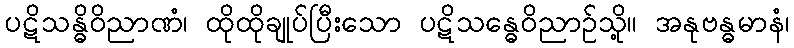
ပဋိသန္ဓိဝိညာဏံ၊ ထိုထိုချုပ်ပြီးသော ပဋိသန္ဓေဝိညာဉ်သို့။ အနုဗန္ဓမာနံ၊